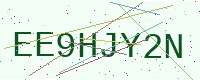
Text: EE9HJY2N